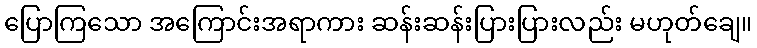
ပြောကြသော အကြောင်းအရာကား ဆန်းဆန်းပြားပြားလည်း မဟုတ်ချေ။